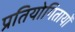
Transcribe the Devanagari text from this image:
प्रतियोगितायोँ